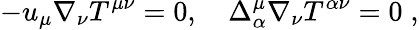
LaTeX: -u_{\mu}\nabla_{\nu}T^{\mu\nu}=0,\quad\Delta_{\alpha}^{\mu}\nabla_{\nu}T^{\alpha\nu}=0\; ,